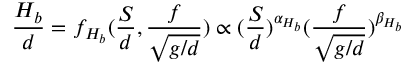
\frac { H _ { b } } { d } = f _ { H _ { b } } ( \frac { S } { d } , \frac { f } { \sqrt { g / d } } ) \propto ( \frac { S } { d } ) ^ { \alpha _ { H _ { b } } } ( \frac { f } { \sqrt { g / d } } ) ^ { \beta _ { H _ { b } } }